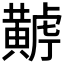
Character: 𪏏